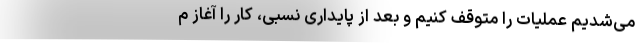
می‌شدیم عملیات را متوقف کنیم و بعد از پایداری نسبی، کار را آغاز م